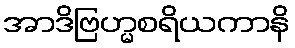
အာဒိဗြဟ္မစရိယကာနိ